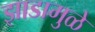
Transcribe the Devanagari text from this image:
झाडामुळे